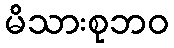
မိသားစုဘဝ